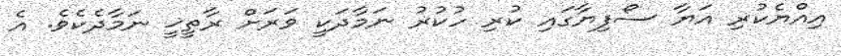
އިއްޔެކުރި އަޔާ ސޯފިޔާގައި ކުރި ހުކުރު ނަމާދަކީ ވަރަށް ރާތީޚީ ނަމާދެކެވެ. އެ